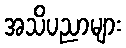
အသိပညာများ